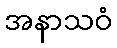
အနာသဝံ